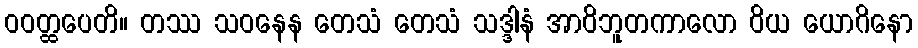
ဝဝတ္ထပေတိ။ တဿ သဝနေန တေသံ တေသံ သဒ္ဒါနံ အာဝိဘူတကာလော ဝိယ ယောဂိနော